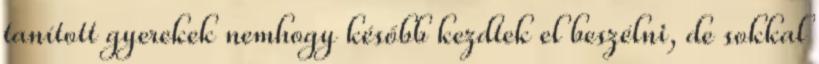
tanított gyerekek nemhogy később kezdtek el beszélni, de sokkal